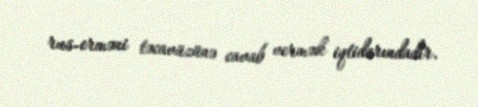
rus-erməni təcavüzünə cavab vermək iqtidarındadır.